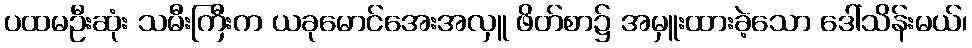
ပထမဦးဆုံး သမီးကြီးက ယခုမောင်အေးအလှူ ဖိတ်စာ၌ အမှူးထားခဲ့သော ဒေါ်သိန်းမယ်၊